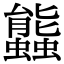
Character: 䘅